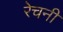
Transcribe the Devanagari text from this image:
रेचनी